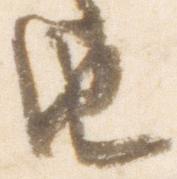
由